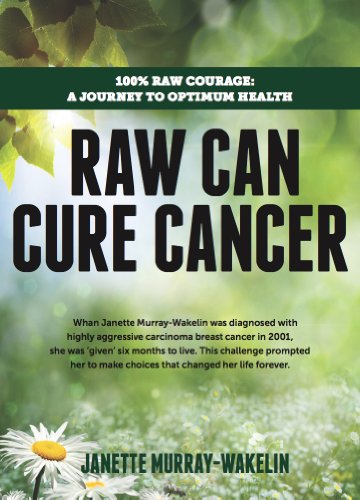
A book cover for Raw Can Cure Cancer: Highlights from a True Story; Janette Murray-Wakelin; Cookbooks, Food & Wine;